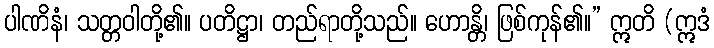
ပါဏိနံ၊ သတ္တဝါတို့၏။ ပတိဋ္ဌာ၊ တည်ရာတို့သည်။ ဟောန္တိ၊ ဖြစ်ကုန်၏။” ဣတိ (ဣဒံ